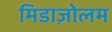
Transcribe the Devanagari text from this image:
मिडाज़ोलम